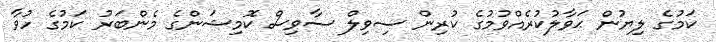
ކަމުގެ ލިޔުން ޙަވާލުކުރެއްވުމުގެ ކުރިން ސިވިލް ސާވިސް ކޮމިޝަންގެ މެންބަރު ކަމުގެ ހުވާ